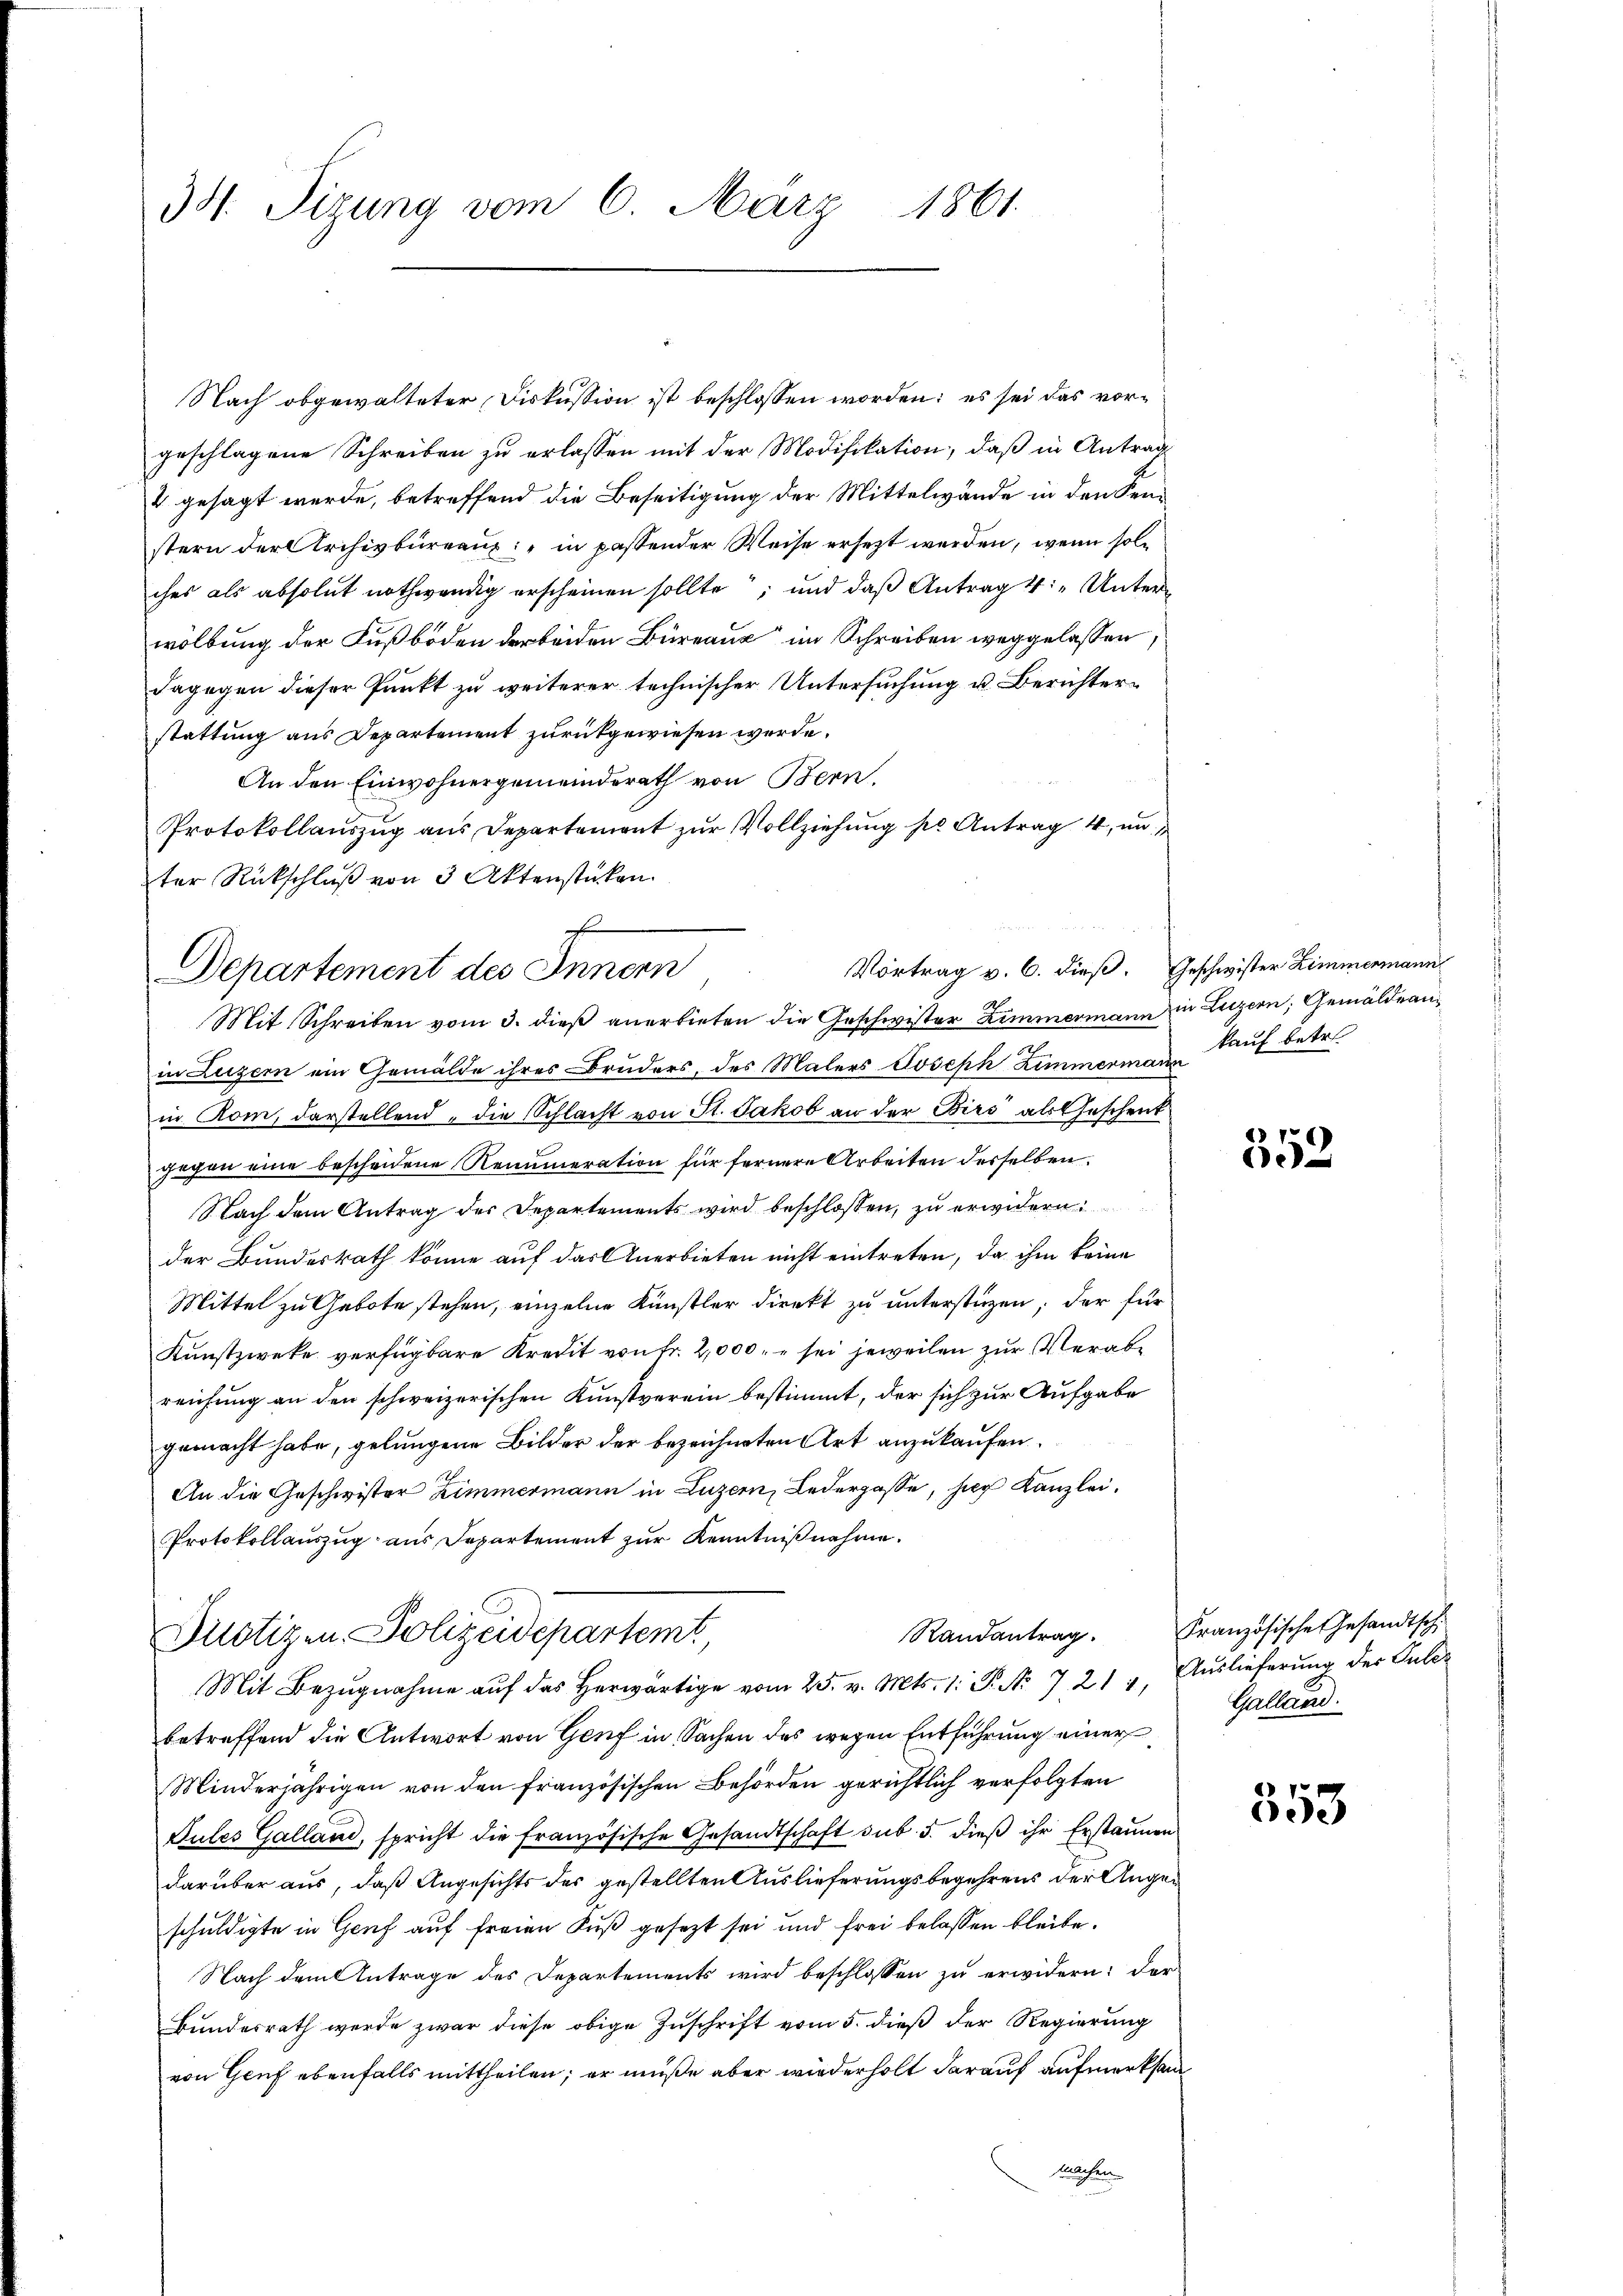
34. Sizung vom 6. März 1861.

stattung aus Departement zurückgewiesen werde.
An den Einwohnergemeinderath von Bern,
Protokollaŭszŭg ans Departement zŭr Vollziehŭng pr. Antrag 4, un
ter Rückschluß von 3 Aktenstücken.
in Luzern ein Gemälde ihres Bruders, des Malers Joseph Zimmerman Kauf betr.
in Rom, darstellend, die Schlacht von St. Jakob an der Dirs als Geschenk
gegen eine bescheidene Renumeration für fernere Arbeiten derselben
Nach dem Antrag der Departements wird beschlossen, zu erwidern
der Bundesrath könne auf das Anerbieten nicht eintreten, da ihm keine
Mittel zu Gebote stehen, einzelne Künstler direkt zu unterstüzen; der für
Kunstzweke verfügbare Kredit von Fr. 2,000. u sei jeweilen zur Verabreichung an den schweizerischen Kunstverein bestimmt, der sich zur Aufgabe
gemacht habe, gelungene Bilder der bezeichneten Art anzukaufen.
An die Geschwister Zimmermann in Luzern, Ledergasse, her Kanzlei¬
Protokollauszug aus Departement zur Kenntnißnahme.

Nach obgewalteter Diskussion ist beschlossen worden; es sei das vorgeschlagene Schreiben zu erlassen mit der Modifikation, daß in Antrag
4 gesagt werde, betreffend die Beseitigung der Mittelwände in den Senstern der Archivbüreaux: "in passender Weise ersezt werden, wenn solches als absolut nothwendig erscheinen sollte; und daß Antrag 4: „Unterwölbung der Fußboden der beiden Büreaux im Schreiben weggelassen,
dagegen dieser Punkt zu weiterer technischer Untersuchung u. Berichter¬

x
Departement des Innern
Mit Schreiben vom 3. dieß anerbieten die Geschwister Zimmermann in Luzern, Gemäldran¬

Vortrag v. 6. dieß. Geschwister Zimmenmann

Dustizen. Polizeidepartemt,

Mit Bezŭgnahme aŭf das herwärtige vom 25. v. Mts. 1: P. Nr. 7 217, Auslieferung der Pule-
betreffend die Antwort von Genf in Sachen des wegen Entführung einer
Minderjährigen von den französischen Behörden gerichtlich verfolgten
Gules Galland, spricht die französische Gesandtschaft sub. 5. dieβ ihr Erstaunen
darüber aus, daß Angesichts des gestellten Auslieferungsbegehrens der Angeschuldigte in Genf auf freien Fuß gesezt sei und frei belassen bleibe.
Nach dem Antrage des Departements wird beschlossen zu erwidern: der
Bundesrath werde zwar diese obige Zuschrift vom 5. dieß der Regierung
von Genf ebenfalls mittheilen; er müße aber wiederholt darauf aufmerksam¬
Machen

559

Randantrag. Französisches Gesandtsch.
Galland.

353